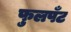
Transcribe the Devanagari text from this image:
फुलपँट